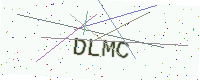
Text: DLMC